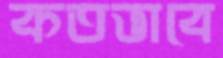
কতভাবে